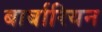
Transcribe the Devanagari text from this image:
बार्बारियन